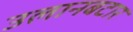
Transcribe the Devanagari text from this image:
उलानबटार